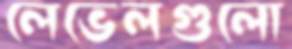
লেভেলগুলো